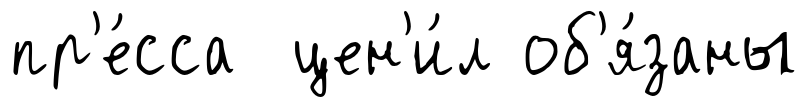
пр'е́сса цен'и́л об'я́заны